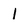
Character: 1